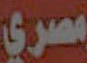
مصري